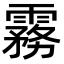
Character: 霧